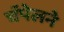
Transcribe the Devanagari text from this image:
चॅपेलने